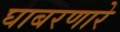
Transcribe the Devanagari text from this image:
घाबरणारे